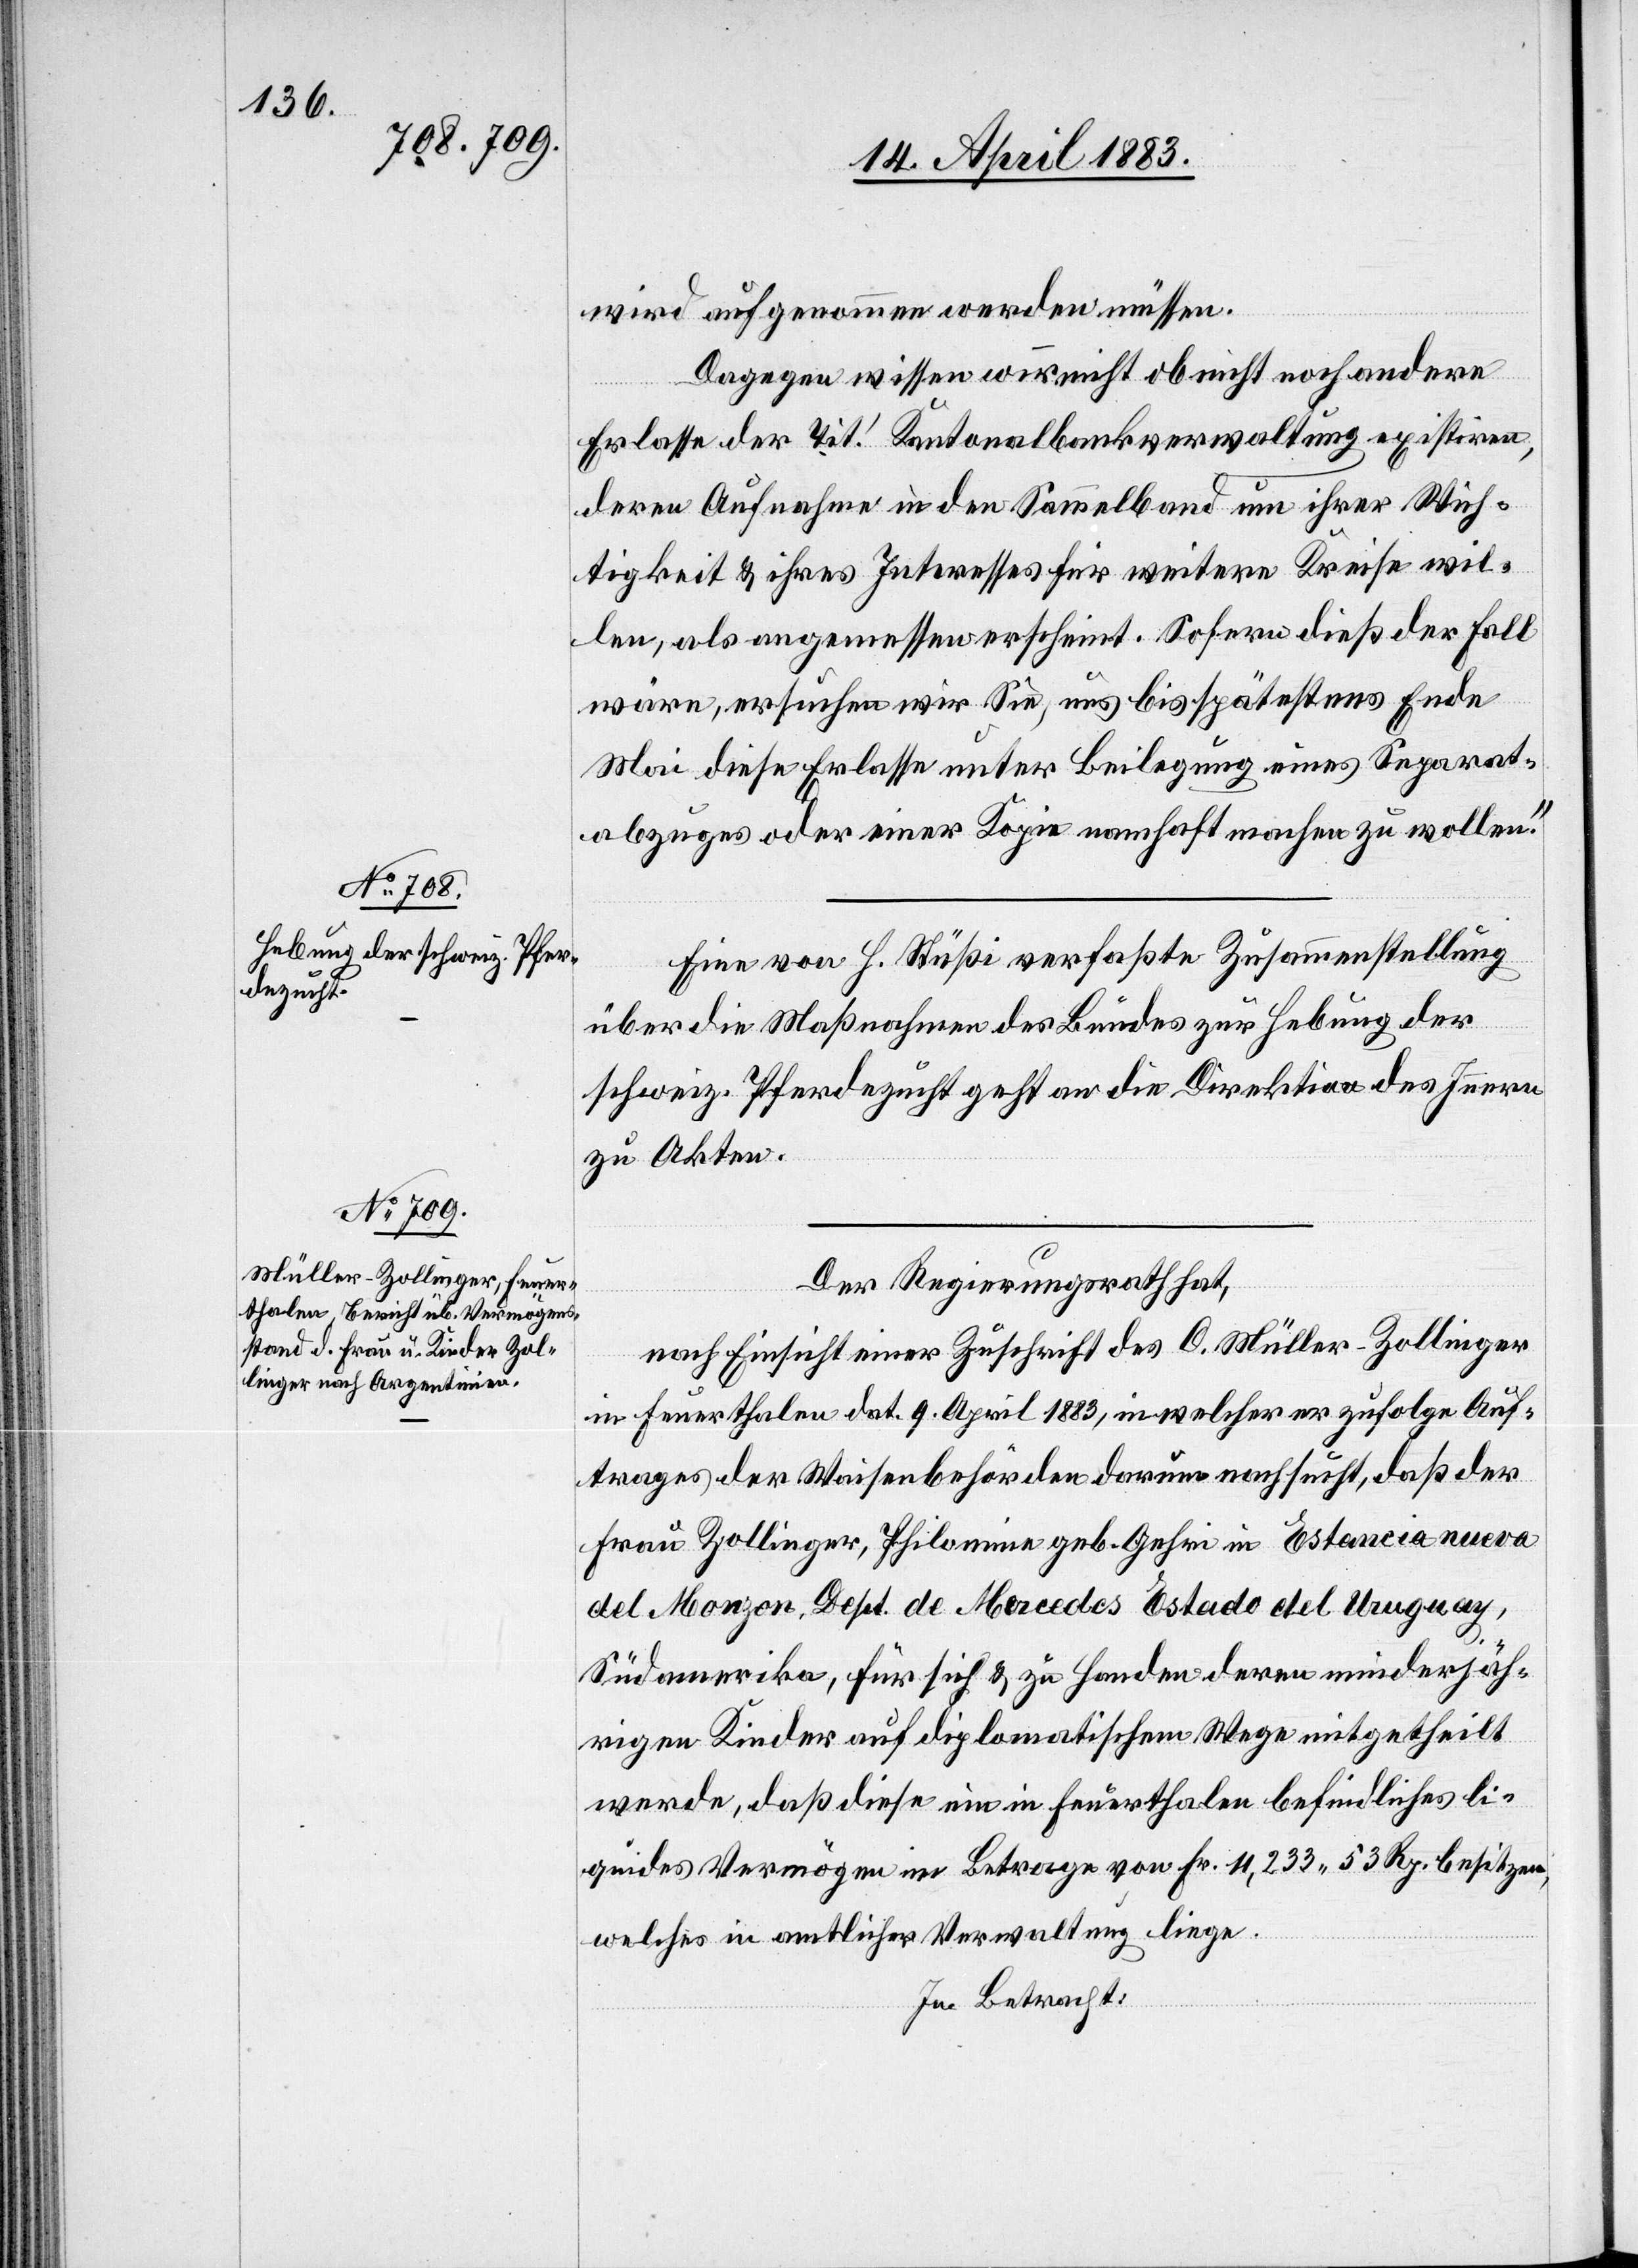
wird aufgenommen werden müssen.
Dagegen wissen wir nicht ob nicht noch andere
Erlasse der Tit! Kantonalbankverwaltung existiren,
deren Aufnahme in den Sammelband um ihrer Wich¬
tigkeit & ihres Interesses für weitere Kreise wil¬
len, als angemessen erscheint. Sofern dieß der Fall
wäre, ersuchen wir Sie, uns bis spätestens Ende
Mai diese Erlasse unter Beilegung eines Separat¬
abzuges oder einer Kopie namhaft machen zu wollen.“
Eine von H. Stüßi verfaßte Zusammenstellung
über die Maßnahmen des Bundes zur Hebung der
schweiz. Pferdezucht geht an die Direktion des Innern
zu Akten.
Der Regierungsrath hat,
nach Einsicht einer Zuschrift des C. Müller-Zollinger
in Feuerthalen dat. 9. April 1883, in welcher er zufolge Auf¬
trages der Waisenbehörden darum nachsucht, daß der
Frau Zollinger Philomine geb. Gehri in Estancia nueva
del Monzon, Dept. de Mercedes Estado del Uruguay,
Südamerika, für sich & zu Handen deren minderjäh¬
rigen Kinder auf diplomatischem Wege mitgetheilt
werde, daß diese ein in Feuerthalen befindliches li¬
quides Vermögen im Betrage von Fr. 11,233 53 Rp. besitze,
welches in amtlicher Verwaltung liege.
In Betracht: